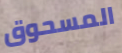
المسحوق